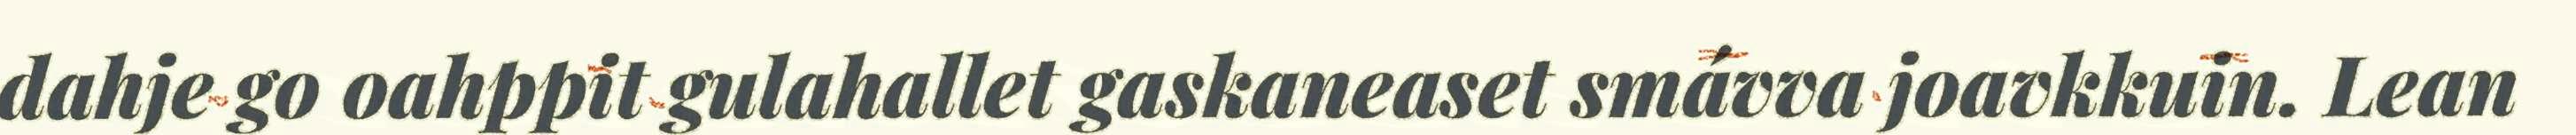
dahje go oahppit gulahallet gaskaneaset smávva joavkkuin. Lean